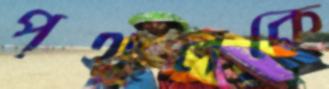
পৃথুলকে